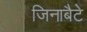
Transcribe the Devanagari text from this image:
जिनाबैटे